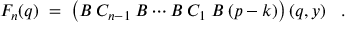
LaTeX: F _ { n } ( q ) \; = \; \left( { \cal { B } } \: C _ { n - 1 } \: { \cal { B } } \cdots { \cal { B } } \: C _ { 1 } \: { \cal { B } } \: ( p - k ) \right) ( q , y ) \; \; \; .